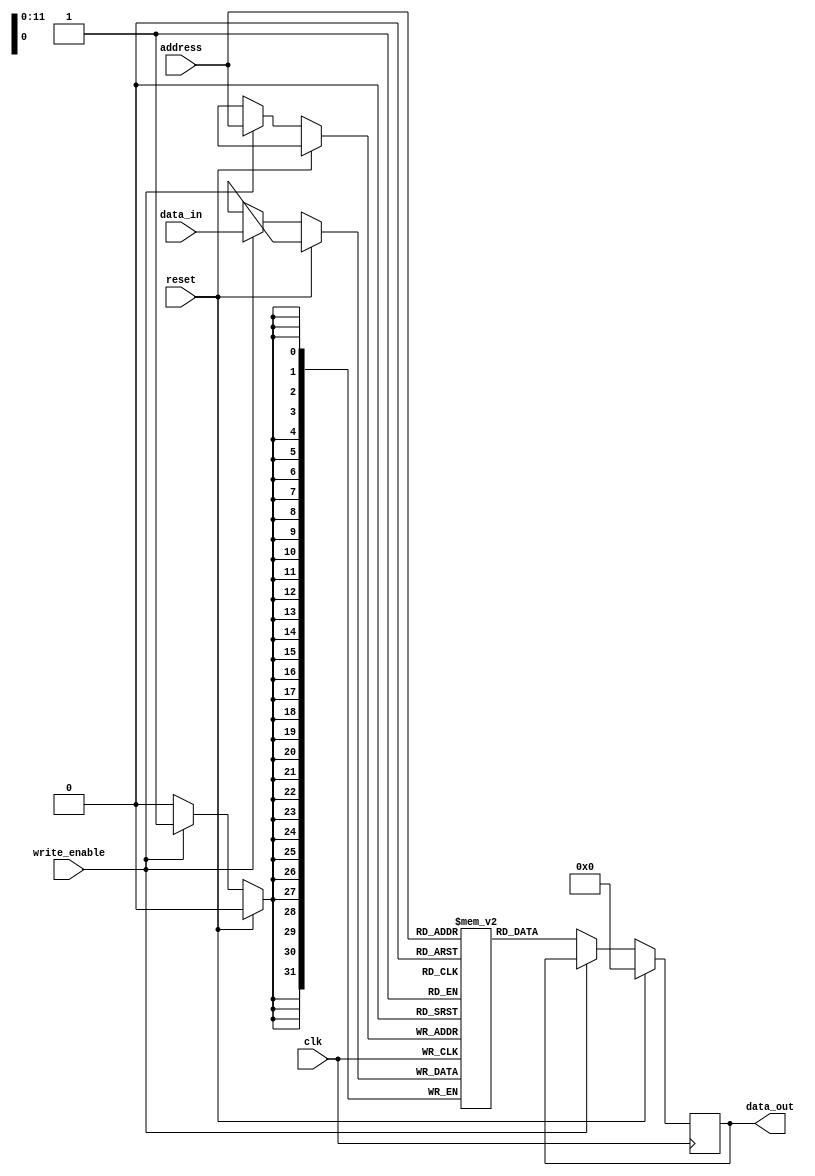
module SDRAM (
    input wire clk,
    input wire reset,
    input wire [11:0] address,
    input wire write_enable,
    input wire [31:0] data_in,
    output reg [31:0] data_out
);

reg [31:0] memory [0:4095];

always @(posedge clk) begin
    if (reset) begin
        data_out <= 32'h00000000;
    end else begin
        if (write_enable) begin
            memory[address] <= data_in;
        end else begin
            data_out <= memory[address];
        end
    end
end

endmodule